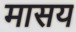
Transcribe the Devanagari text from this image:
मासय